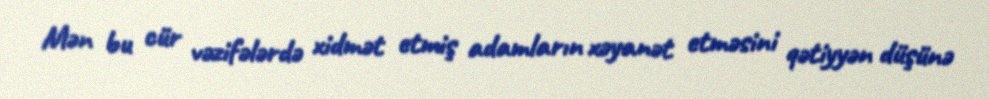
Mən bu cür vəzifələrdə xidmət etmiş adamların xəyanət etməsini qətiyyən düşünə